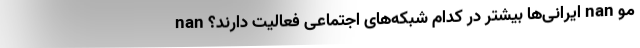
مو nan ایرانی‌ها بیشتر در کدام شبکه‌های اجتماعی فعالیت دارند؟ nan